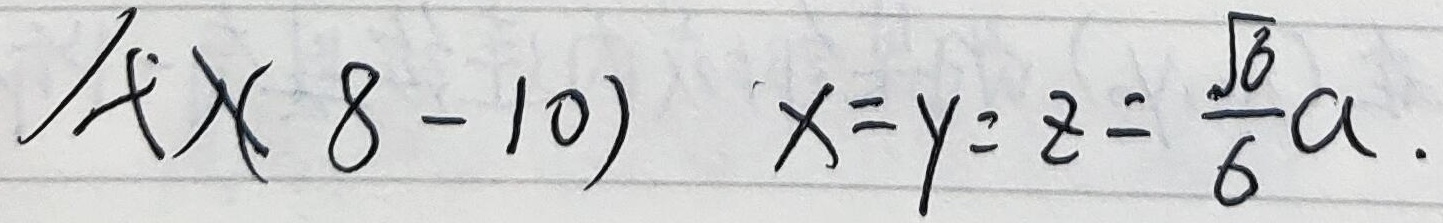
$$ /f \times(8 - 10)\quad x = y = z=\frac{\sqrt{6}}{6}a.$$